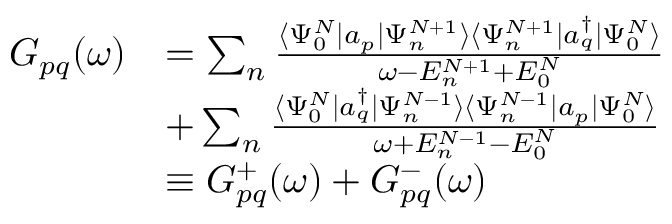
\begin{array} { r l } { G _ { p q } ( \omega ) } & { = \sum _ { n } \frac { \langle \Psi _ { 0 } ^ { N } | a _ { p } | \Psi _ { n } ^ { N + 1 } \rangle \langle \Psi _ { n } ^ { N + 1 } | a _ { q } ^ { \dagger } | \Psi _ { 0 } ^ { N } \rangle } { \omega - E _ { n } ^ { N + 1 } + E _ { 0 } ^ { N } } } \\ & { + \sum _ { n } \frac { \langle \Psi _ { 0 } ^ { N } | a _ { q } ^ { \dagger } | \Psi _ { n } ^ { N - 1 } \rangle \langle \Psi _ { n } ^ { N - 1 } | a _ { p } | \Psi _ { 0 } ^ { N } \rangle } { \omega + E _ { n } ^ { N - 1 } - E _ { 0 } ^ { N } } } \\ & { \equiv G _ { p q } ^ { + } ( \omega ) + G _ { p q } ^ { - } ( \omega ) } \end{array}